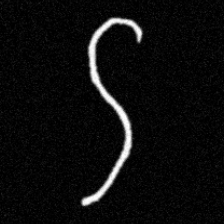
Pyu character \u2014 Myanmar letter: ဌ (romanized: ttha)